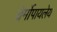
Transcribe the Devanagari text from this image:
थेर्मोपायलेय